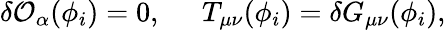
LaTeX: \delta{\cal O}_{\alpha}(\phi_{i})=0,\; \; \; \; \; T_{\mu\nu}(\phi_{i})=\delta G_{\mu\nu}(\phi_{i}),